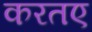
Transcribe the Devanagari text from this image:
करतए